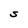
Character: S